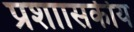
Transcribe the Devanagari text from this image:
प्रशाासकीय